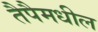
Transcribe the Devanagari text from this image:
तैपैमधील